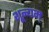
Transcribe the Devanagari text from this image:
शून्यम्